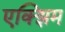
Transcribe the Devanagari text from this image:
एक्झिम